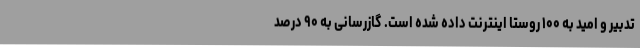
تدبیر و امید به ۱۰۰ روستا اینترنت داده شده است. گازرسانی به ۹۰ درصد